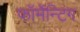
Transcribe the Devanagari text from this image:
फॉर्मेन्टिंग